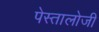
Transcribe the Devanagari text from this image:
पेस्तालोजी